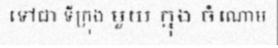
ទៅជា ទីក្រុង មួយ ក្នុង ចំណោម